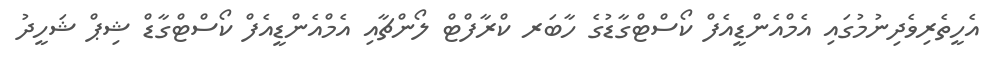
އެހީތެރިވެދިނުމުގައި އެމްއެންޑީއެފް ކޯސްޓްގާޑުގެ ހާބަރ ކްރާފްޓް ލޯންޗާއި އެމްއެންޑީއެފް ކޯސްޓްގާޑް ޝިޕް ޝަހީދު